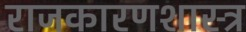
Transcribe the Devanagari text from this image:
राजकारणशास्त्र